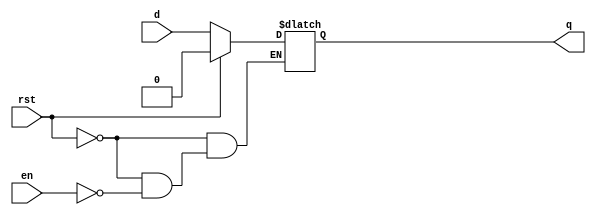
module dlatch_bh(q,d,en,rst);

	input en,d,rst;
	output reg q;

	always@(en,q,rst)
	if(rst)
		q = 1'b0;
	else if(en) q=d;

endmodule